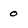
Character: o